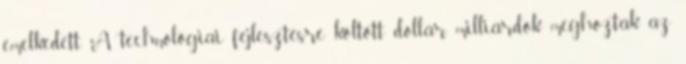
emelkedett. A technológiai fejlesztésre költött dollár milliárdok meghozták az